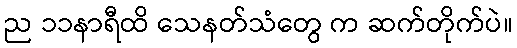
ည ၁၁နာရီထိ သေနတ်သံတွေ က ဆက်တိုက်ပဲ။